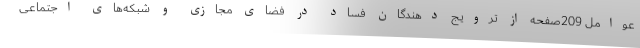
عوامل 209صفحه از ترویج دهندگان فساد در فضای مجازی و شبکه‌های اجتماعی